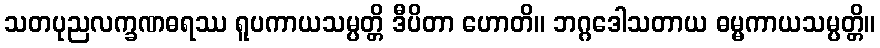
သတပုညလက္ခဏဓရဿ ရူပကာယသမ္ပတ္တိ ဒီပိတာ ဟောတိ။ ဘဂ္ဂဒေါသတာယ ဓမ္မကာယသမ္ပတ္တိ။